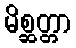
မိစ္ဆတ္တာ